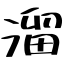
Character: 溜